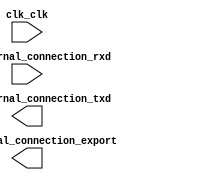

module SERIAL_COMMUNICATION_FPGA_BNO055 (
	clk_clk,
	pio_external_connection_export,
	uart_external_connection_rxd,
	uart_external_connection_txd);	

	input		clk_clk;
	output	[7:0]	pio_external_connection_export;
	input		uart_external_connection_rxd;
	output		uart_external_connection_txd;
endmodule